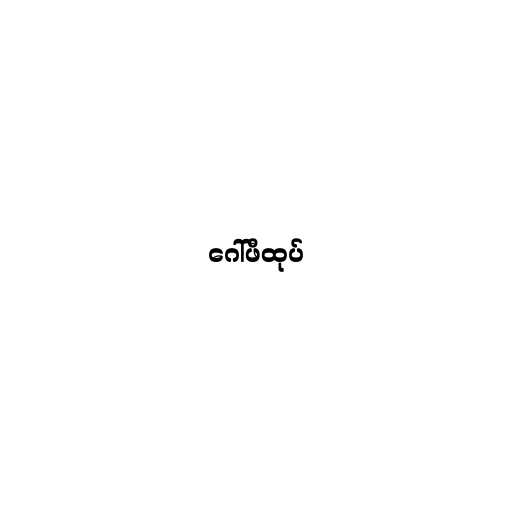
ဂေါ်ဖီထုပ်